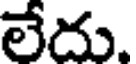
లేదు.